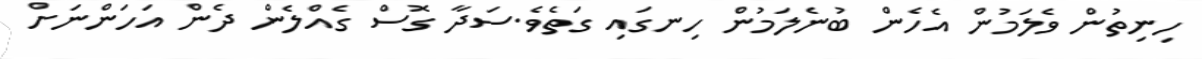
ހިނިތުން ވެލަމުން އެހެން ބުނެލަމުން ހިނގައި ގަތެވެ.ސަދާ ގޮސް ގެއްލެން ދެން އަހަންނަށް